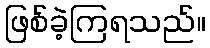
ဖြစ်ခဲ့ကြရသည်။